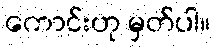
ကောင်းဟု မှတ်ပါ။